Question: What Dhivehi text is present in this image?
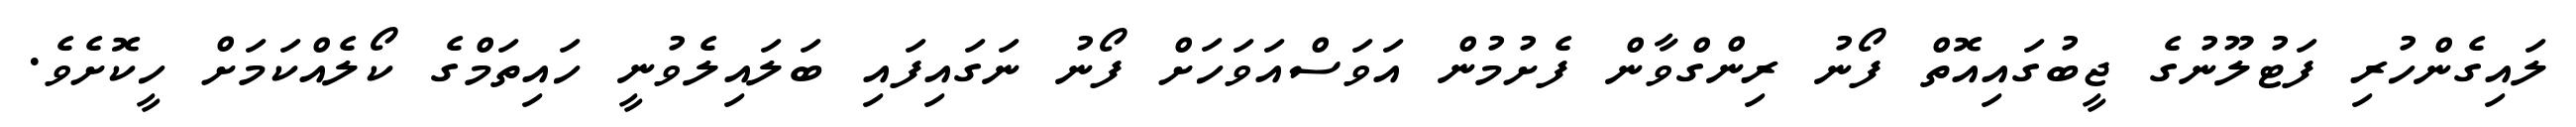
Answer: ލައިގެންހުރި ފަޓުލޫނުގެ ޖީބުގައިއޮތް ފޯނު ރިންގްވާން ފެށުމުން އަވަސްއަވަހަށް ފޯނު ނަގައިފައި ބަލައިލެވުނީ ހައިތަމްގެ ކޯލެއްކަމަށް ހީކޮށެވެ.